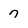
Character: 7